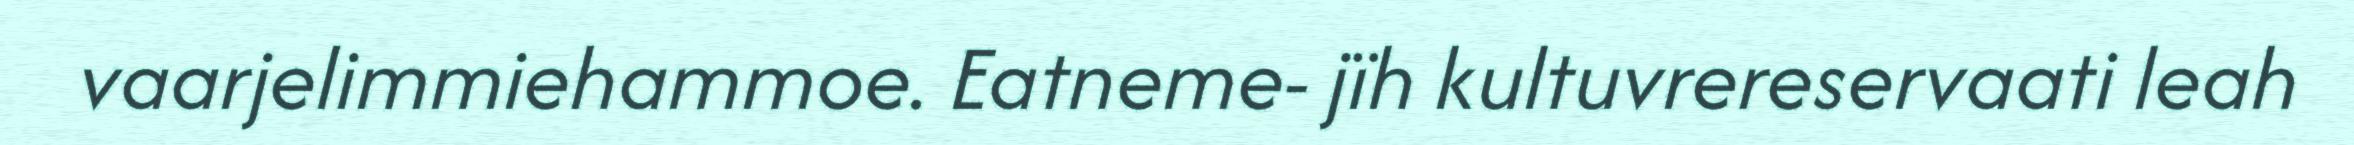
vaarjelimmiehammoe. Eatneme- jïh kultuvrereservaati leah